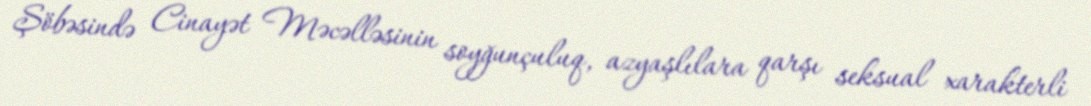
Şöbəsində Cinayət Məcəlləsinin soyğunçuluq, azyaşlılara qarşı seksual xarakterli